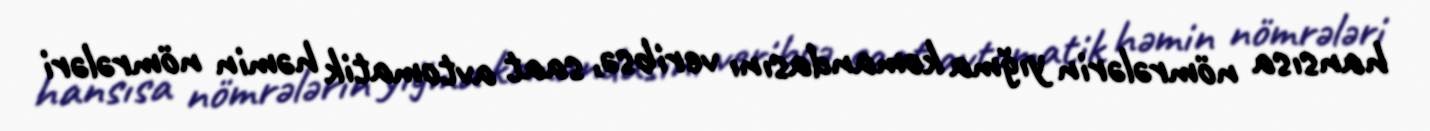
hansısa nömrələrin yığma komandasını veribsə, saat avtomatik həmin nömrələri